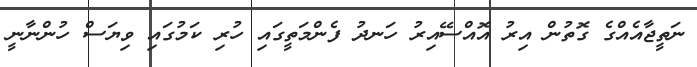
ނަތީޖާއެއްގެ ގޮތުން އިރު އޮއްސޭއިރު ހަނދު ފެންމަތީގައި ހުރި ކަމުގައި ވިޔަސް ހުންނާނީ